Plague in India, 1896, 1897 - Volume 3
Year: 1896
Disease focus: Plague
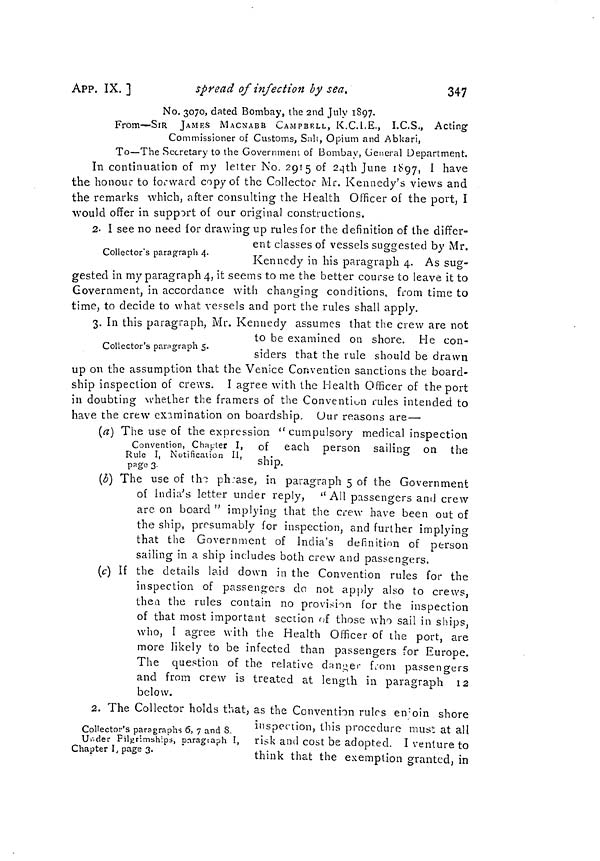
347
APP. IX. ]
spread of infection by sea.
No. 3070, dated Bombay, the 2nd July 1897.
From—SIR JAMES MACNABB CAMPBELL, K.C.I.E., I.C.S., Acting
Commissioner of Customs, Sal!, Opium and Abkari,
To—The Secretary to the Government of Bombay, General Department.
In continuation of my letter No. 2915 of 24th June 1897, I have
the honour to forward copy of the Collector Mr. Kennedy's views and
the remarks which, after consulting the Health Officer of the port, I
would offer in support of our original constructions.
2. I see no need for drawing up rules for the definition of the differ-
Collector's paragraph 4.
ent classes oí vessels suggested by Mr,
Kennedy in his paragraph 4. As sug-
gested in my paragraph 4, it seems to me the better course to leave it to
Government, in accordance with changing conditions, from time to
time, to decide to what vessels and port the rules shall apply.
3. In this paragraph, Mr. Kennedy assumes that the crew are not
Collector's paragraph 5.
to be examined on shore. He con-
siders that the rule should be drawn
up on the assumption that the Venice Convention sanctions the board-
ship inspection of crews. I agree with the Health Officer of the port
in doubting whether the framers of the Convention rules intended to
have the crew examination on boardship. Our reasons are —
(a) The use of the expression " cumpulsory medical inspection
Convention, Chapter I, of each person sailing on the
Rule I, Notification II,
pago 3-
ship.
(b) The use of the phrase, in paragraph 5 of the Government
of India's letter under reply, "All passengers and crew
are on board " implying that the crew have been out of
the ship, presumably for inspection, and further implying
that the Government of India's definition of person
sailing in a ship includes both crew and passengers.
(c) If the details laid down in the Convention rules for the
inspection of passengers do not apply also to crews,
then the rules contain no provision for the inspection
of that most important section of those who sail in ships,
who,
I agree with the Health Officer of the port, are
more likely to be infected than passengers for Europe.
The question of the relative danger from passengers
and from crew is treated at length in paragraph 12
below.
2. The Collector holds that, as the Convention rules enjoin shore
Collector's paragraphs 6, 7 and 8
Under Filgrimships, paragraph I,
Chapter I, page 3.
inspection, this procedure must at all
risk and cost be adopted. I venture to
think that the exemption granted, in